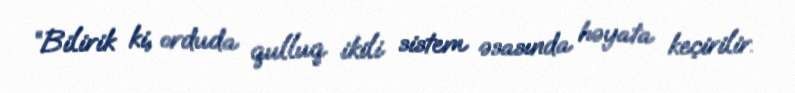
“Bilirik ki, orduda qulluq ikili sistem əsasında həyata keçirilir.